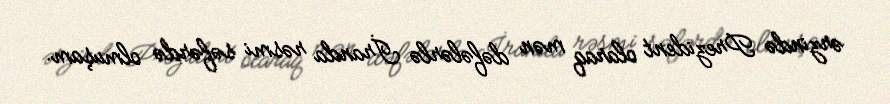
ərzində Prezident olaraq mən dəfələrlə İranda rəsmi səfərdə olmuşam.